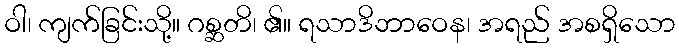
ဝါ၊ ကျက်ခြင်းသို့။ ဂစ္ဆတိ၊ ၏။ ရသာဒိဘာဝေန၊ အရည် အစရှိသော